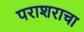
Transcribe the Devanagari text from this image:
पराशराचा